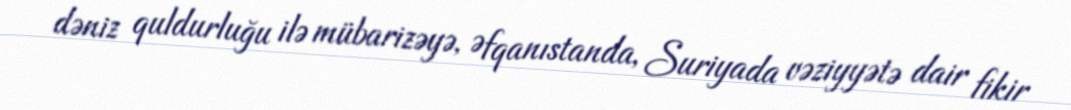
dəniz quldurluğu ilə mübarizəyə, Əfqanıstanda, Suriyada vəziyyətə dair fikir